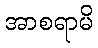
အာစရာမိ